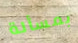
بمسألة